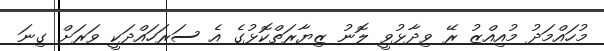
މުހައްމަދު މުއިއްޒު ރޭ ވިދާޅުވީ ލޮނު ޒިޔާރަތްކޮޅުގެ އެ ސަރަހައްދަކީ ވަރަށް ގިނަ